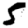
Digit: 5